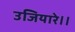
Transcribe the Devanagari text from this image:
उजियारे।।